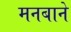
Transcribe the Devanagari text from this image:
मनबाने